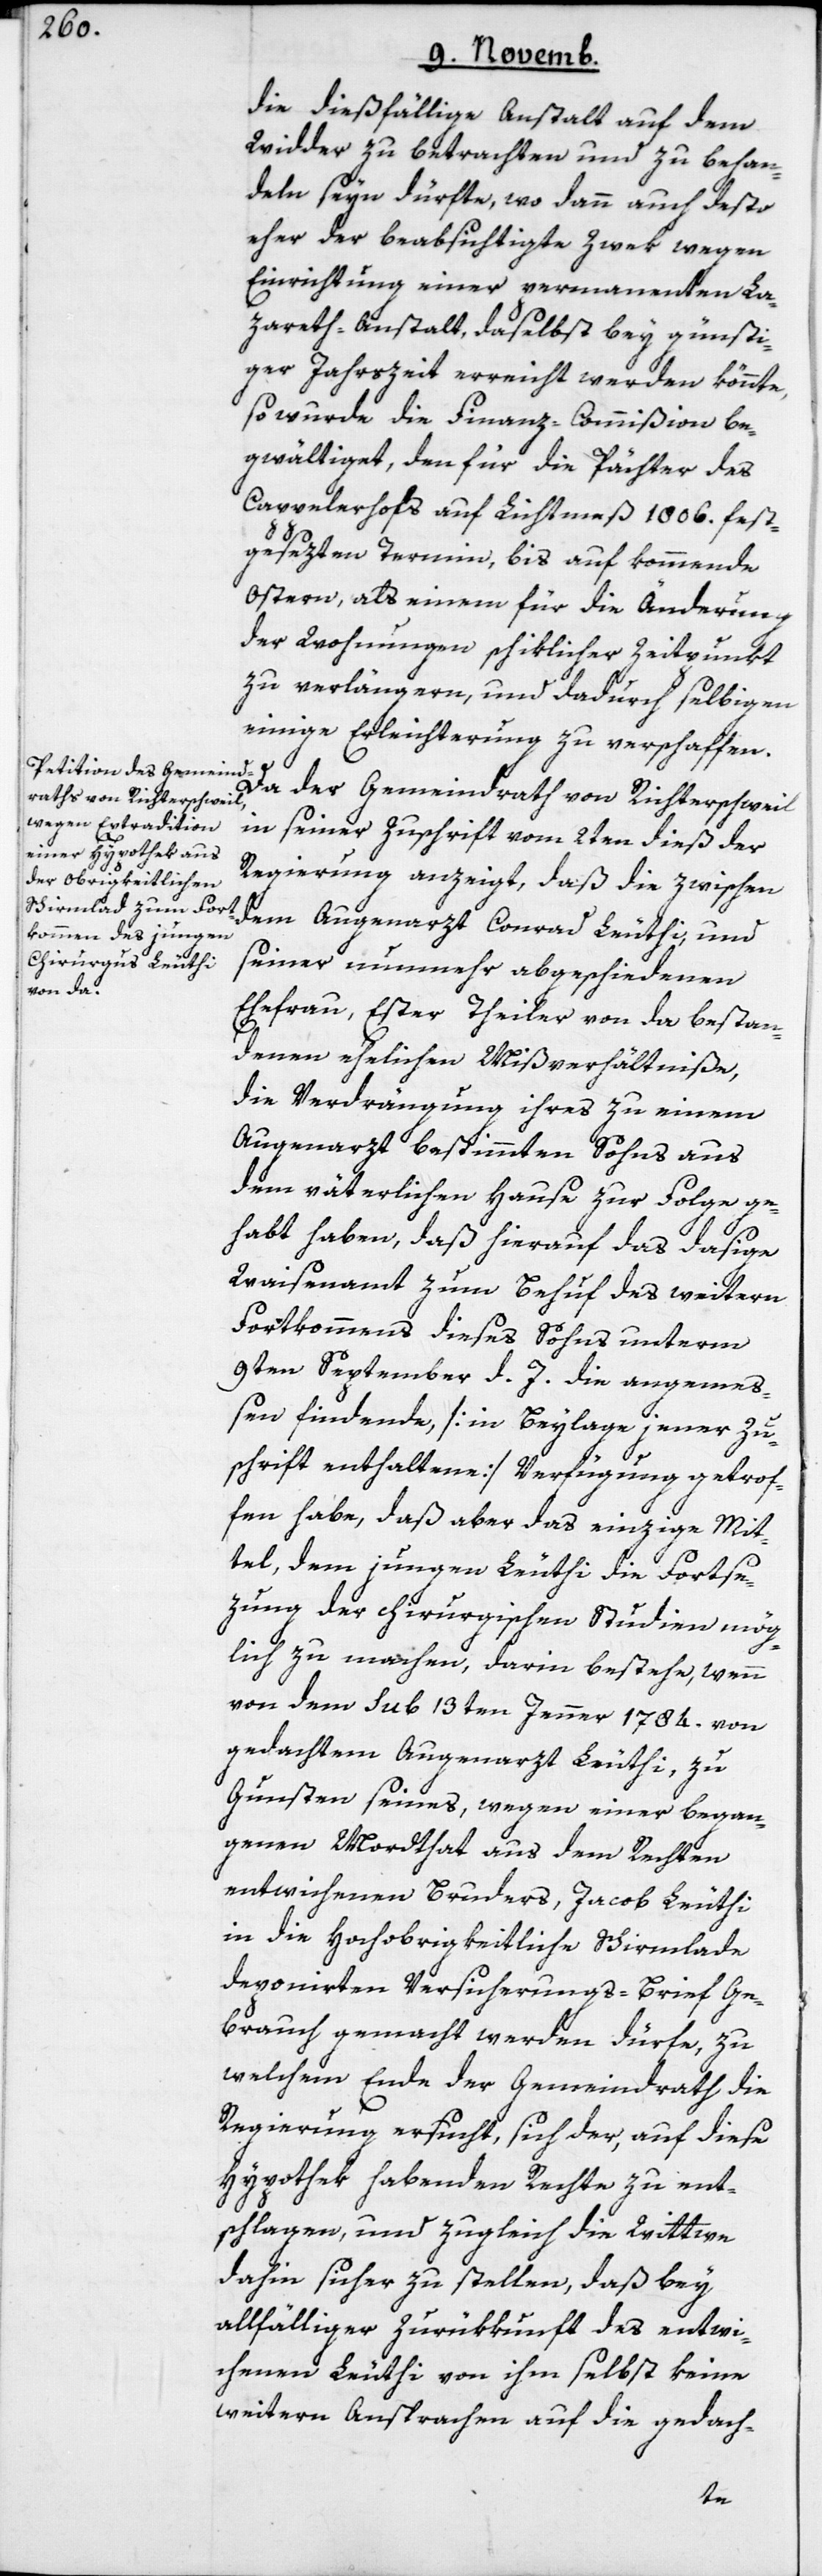
die dießfällige Anstalt auf dem
Widder zu betrachten und zu behan¬
deln seyn dürfte, wo dann auch desto
eher der beabsichtigte Zwek wegen
Einrichtung einer permanenten La¬
zareth-Anstalt daselbst bey günsti¬
ger Jahrszeit erreicht werden könnte,
so wurde die Finanz-Commißion be¬
gwältiget, den für die Pächter des
Cappelerhofs auf Lichtmeß 1806. fest¬
gesezten Termin, bis auf kommende
Ostern, als einem für die Änderung
der Wohnungen schiklicher Zeitpunkt
zu verlängern, und dadurch selbigen
einige Erleichterung zu verschaffen.
Da der Gemeindrath von Richterschweil
in seiner Zuschrift vom 2ten dieß der
Regierung anzeigt, daß die zwischen
dem Augenarzt Conrad Leuthi, und
seiner nunmehr abgeschiedenen
Ehefrau, Ester Theiler von da, bestan¬
denen ehelichen Mißverhältniße,
die Verdrängung ihres zu einem
Augenarzt bestimmten Sohns aus
dem väterlichen Hause zur Folge ge¬
habt haben, daß hierauf das dasige
Waisenamt zum Behuf des weitern
Fortkommens dieses Sohns unterm
9ten September d. J. die angemeß¬
en findende [in Beylage jener Zu¬
schrift enthaltene] Verfügung getrof¬
fen habe, daß aber das einzige Mit¬
tel, dem jungen Leuthi die Fortse¬
tzung der chirurgischen Studien mög¬
lich zu machen, darin bestehe, wenn
von dem sub 13ten Jenner 1784. von
gedachtem Augenarzt Leuthi, zu
Gunsten seines, wegen einer began¬
genen Mordthat aus dem Rechten
entwichenen Bruders, Jacob Leuthi
in die hochobrigkeitliche Schirmlade
deponirten Versicherungs-Brief Ge¬
brauch gemacht werden dürfe, zu
welchem Ende der Gemeindrath die
Regierung ersucht, sich der, auf diese
Hypothek habenden Rechte zu ent¬
schlagen, und zugleich die Wittwe
dahin sicher zu stellen, daß bey
allfälliger Zurükkunft des entwi¬
chenen Leuthi von ihm selbst keine
weitern Ansprachen auf die gedach-